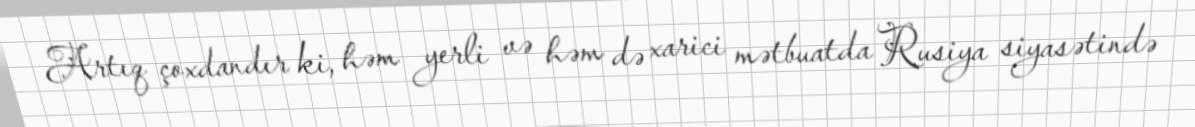
Artıq çoxdandır ki, həm yerli və həm də xarici mətbuatda Rusiya siyasətində